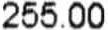
255.00